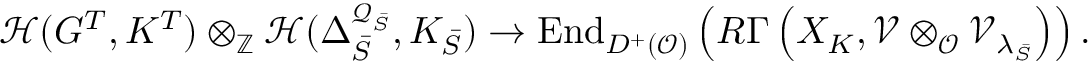
{ \mathcal H } ( G ^ { T } , K ^ { T } ) \otimes _ { { \mathbb Z } } { \mathcal H } ( { \Delta } _ { \bar { S } } ^ { { \mathcal Q } _ { \bar { S } } } , K _ { \bar { S } } ) \to \mathrm { E n d } _ { D ^ { + } ( { \mathcal O } ) } \left( R \Gamma \left( X _ { K } , { \mathcal V } \otimes _ { { \mathcal O } } { \mathcal V } _ { { \lambda _ { \bar { S } } } } \right) \right) .